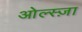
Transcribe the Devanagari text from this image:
ओल्स्ज़ा